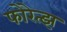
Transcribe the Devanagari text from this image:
फोरेत्झ